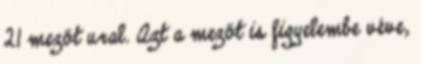
21 mezőt ural. Azt a mezőt is figyelembe véve,